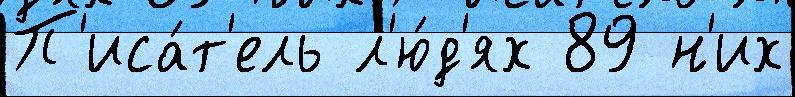
П'иса́т'ель л'ю́д'ях 89 н'их